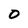
Character: 0